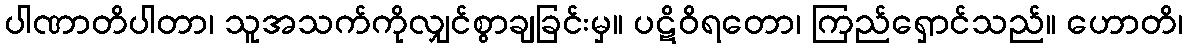
ပါဏာတိပါတာ၊ သူအသက်ကိုလျှင်စွာချခြင်းမှ။ ပဋိဝိရတော၊ ကြည်ရှောင်သည်။ ဟောတိ၊